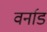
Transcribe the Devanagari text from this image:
वर्नाड